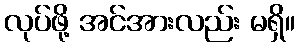
လုပ်ဖို့ အင်အားလည်း မရှိ။